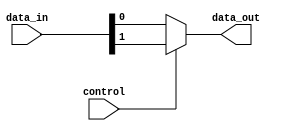
module multiplexer(
    input wire control,
    input wire [1:0] data_in,
    output reg data_out
);

always @(*) begin
    if(control == 0)
        data_out = data_in[0];
    else
        data_out = data_in[1];
end

endmodule